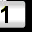
Digit: 1